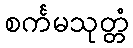
စင်္ကမသုတ္တံ